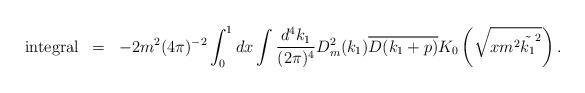
\begin{align*}\begin{array}{rcl}{\rm integral}&=&\displaystyle -2m^2(4\pi)^{-2}\int_0^1 dx\int\frac{d^4k_1}{(2\pi)^4}D_m^2(k_1)\overline{D(k_1+p)}K_0\left(\sqrt{xm^2\tilde{k_1}^2}\right).\end{array}\end{align*}